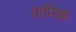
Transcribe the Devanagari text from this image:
वामिक़